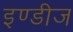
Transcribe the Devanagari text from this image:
इण्डीज